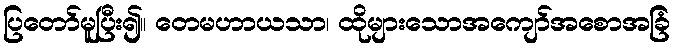
ပြတော်မူပြီး၍။ တေမဟာယသာ၊ ထိုများသောအကျော်အစောအခြံ